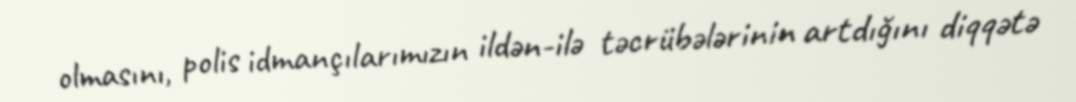
olmasını, polis idmançılarımızın ildən-ilə təcrübələrinin artdığını diqqətə